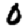
Digit: 0